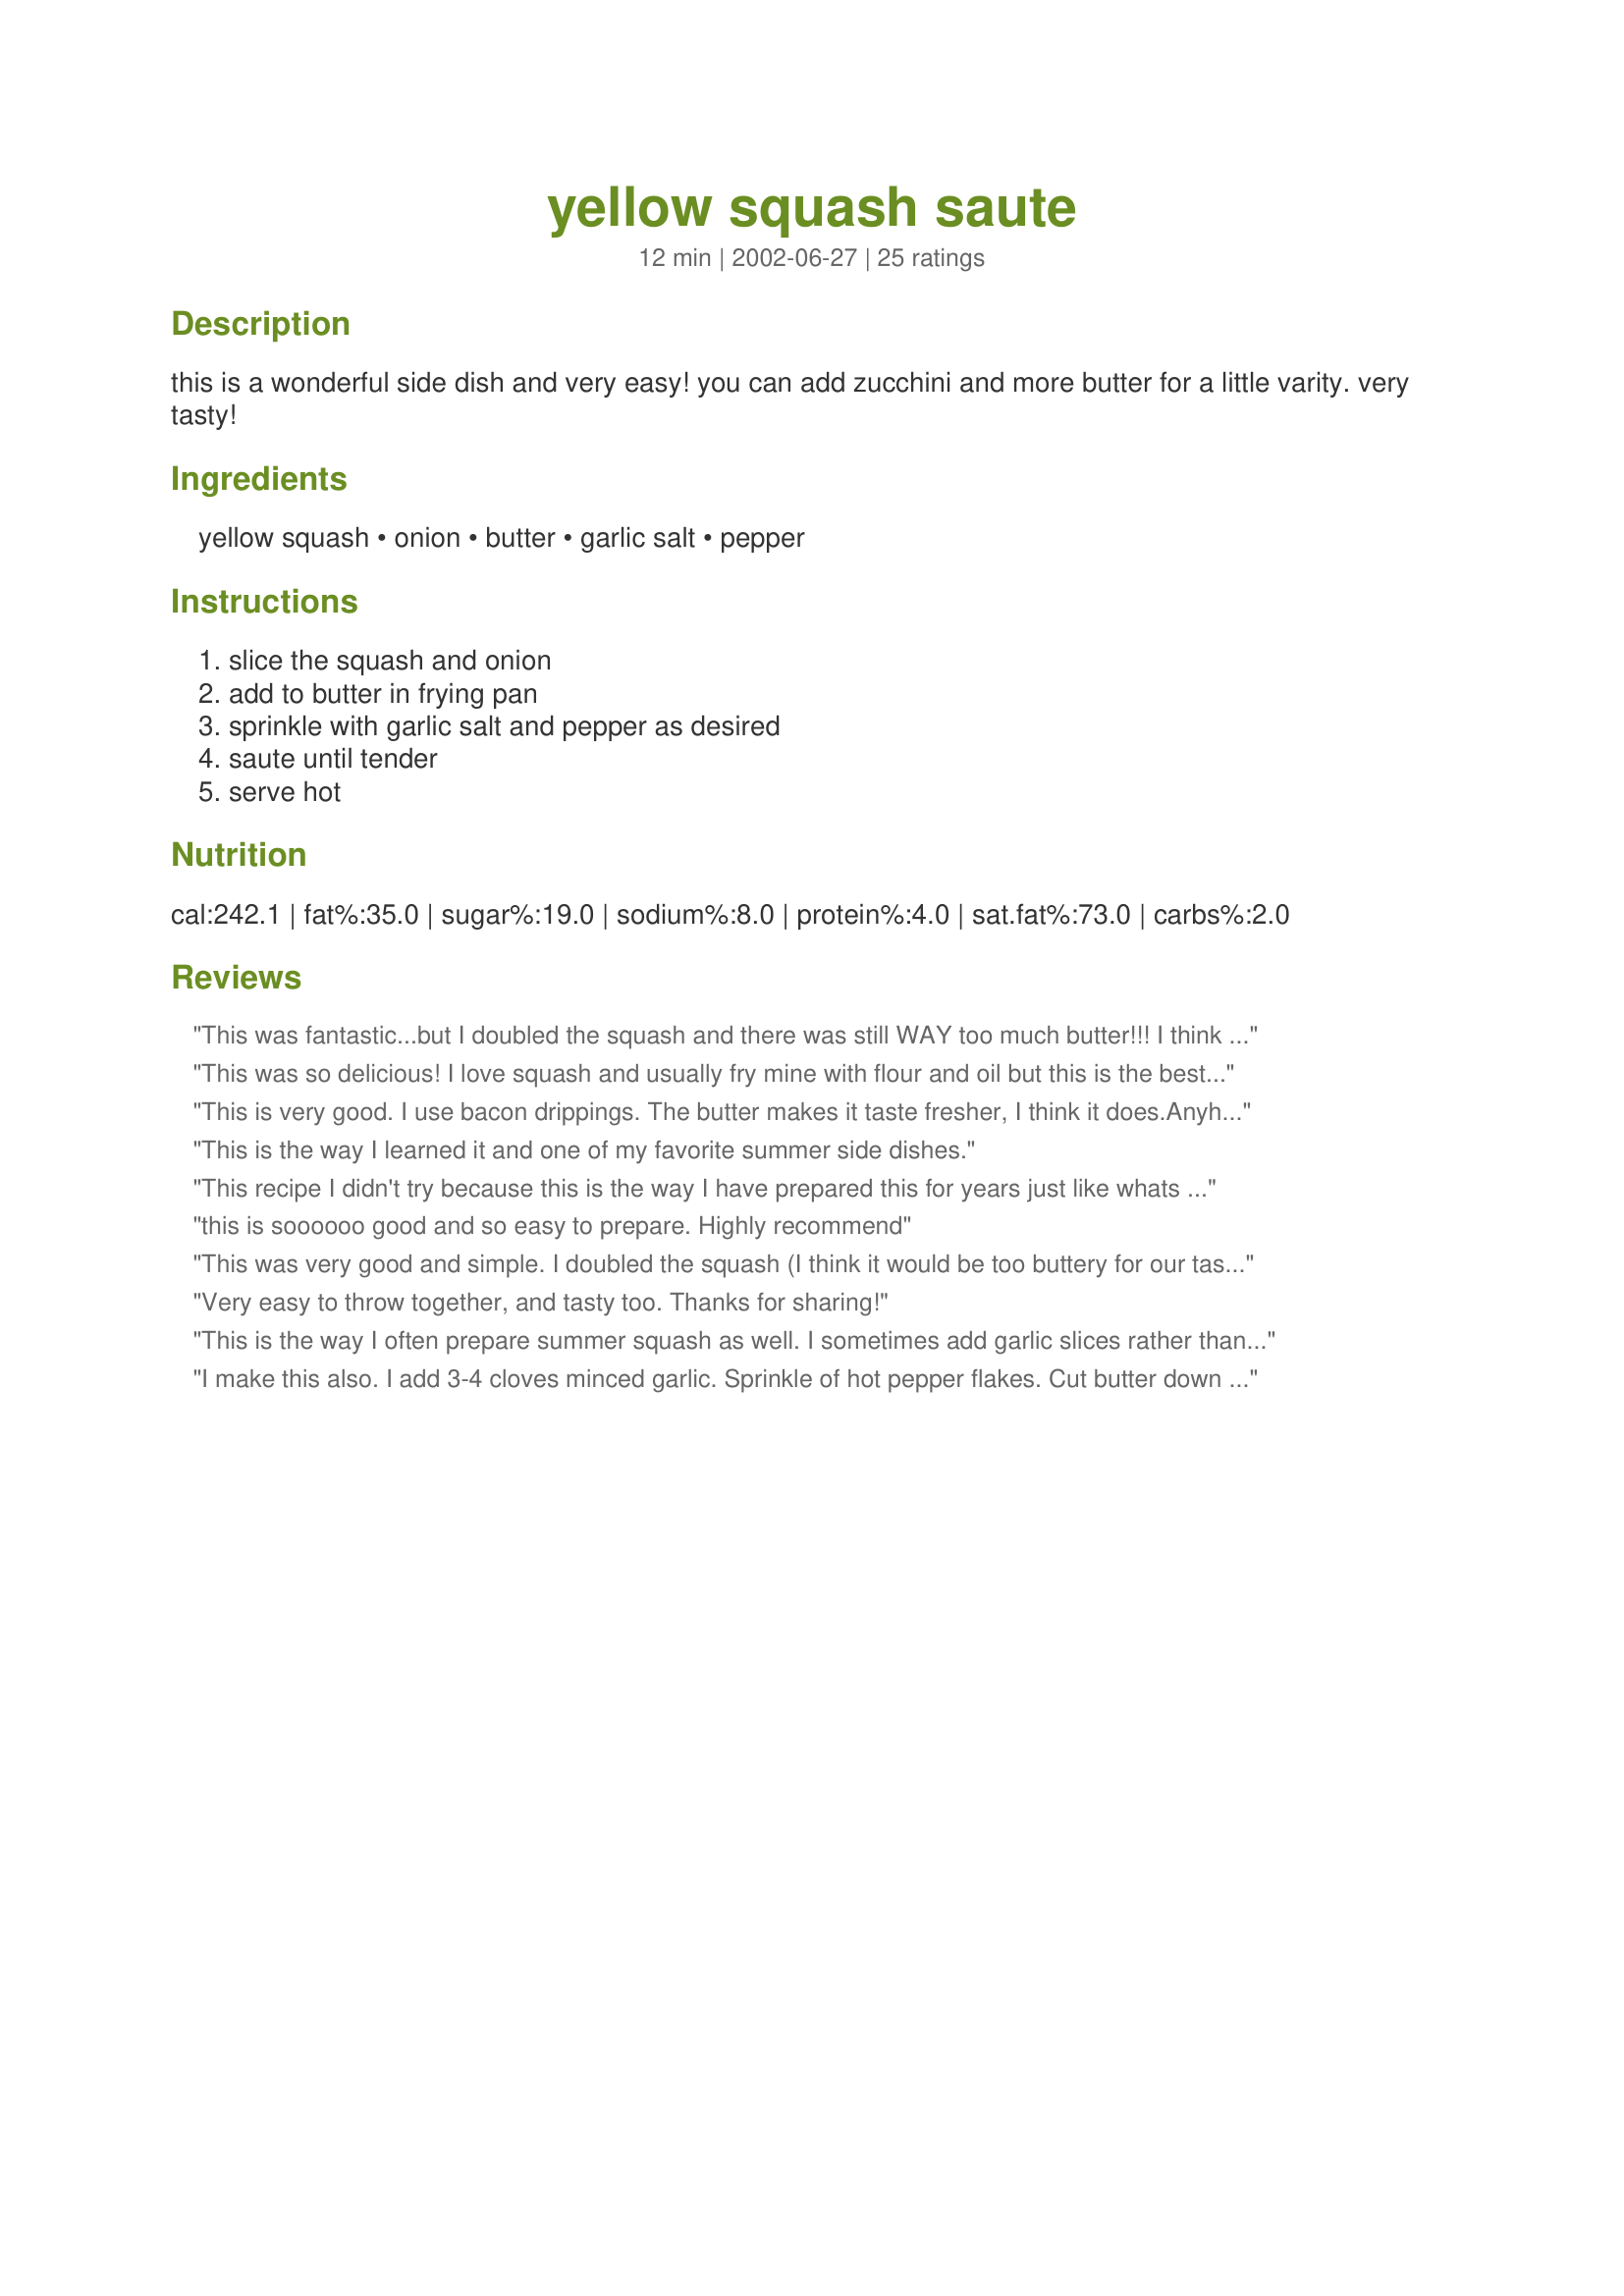
yellow squash saute
Preparation time: 12 minutes

this is a wonderful side dish and very easy! you can add zucchini and more butter for a little varity. very tasty!

Ingredients:
yellow squash, onion, butter, garlic salt, pepper

Steps:
slice the squash and onion, add to butter in frying pan, sprinkle with garlic salt and pepper as desired, saute until tender, serve hot

Reviews:
This was fantastic...but I doubled the squash and there was still WAY too much butter!!! I think next time I will cut it way back! I started cooking the onions first and then added the squash...by the time it was done the onions were beginning to carmelize and the squash was browning. I think we may sprinkle cajun seasoning on it next time. This is a great simple way to fix yellow squash.
This was so delicious! I love squash and usually fry mine with flour and oil but this is the best way. It was simple and so very easy to make. I did change one thing and that was..I used minced garlic in place of the garlic salt and just used plain salt and pepper as normal. It made the dish very tasty. Thanks for sharing this way of making squash.
This is very good. I use bacon drippings. The butter makes it taste fresher, I think it does.Anyhow think this better. Thank You for the recipe. Hugs
This is the way I learned it and one of my favorite summer side dishes.
 This recipe I didn't try because this is the way I have prepared this for years just like whats in the recipe.
this is soooooo good and so easy to prepare. Highly recommend
This was very good and simple. I doubled the squash (I think it would be too buttery for our taste with only one). A quick and tasty recipe we will enjoy many times. Thank you.
Very easy to throw together, and tasty too. Thanks for sharing!
This is the way I often prepare summer squash as well. I sometimes add garlic slices rather than garlic salt.
I make this also. I add 3-4 cloves minced garlic. Sprinkle of hot pepper flakes. Cut butter down to 2 tbsp. I then use a little swanson chicken broth, just to keep the squash from burning. It is an awsome recipe. Grandkids love it.
Delicious and easy to prepare. I doubled the squash and used only 2 tablespoons of butter sauted untill tender and added a little garlic powder along with the salt & pepper. Thank you, I will be making this again espically in the summer when squash is plentiful in my garden.
This is an excellent dish. I have always included at the end of cooking some sour cream which my mother always put in....she liked creamed dishes.
I have been making yellow squash like this since I was 14 and I am a grandma now!! Thanks so much for posting it so that I might check the nutrition contents for fat content, calories, etc.
I've tried for years to cook yellow squash that will satisfy my husband. This recipe finally did it. He says it is just like how his mother used to make it while he was growing up.
Thanks for posting it.
This is my new favorite for squash. I have made it several times with "store bought" and can't wait for the garden to mature so I can try this with "fresh" squash and zuccini. Thanks for an easy and delicious recipe!
This is very similar to the way I have eaten yellow squash since I was a child. I used about 5 squash, used olive oil instead of butter, and omitted the garlic salt. Still, itls a wonderful recipe and there's lots of room for experimentation!
I made this skipping the onions (DH hates onions) and sauteeing in bacon grease as another reviewer suggested. I forgot the garlic salt, but with the salty bacon I don't think it was needed. I liked it, DH didn't care for it much. I may try again. It was easy to make. ***UPDATE*** I've made this a few times now, with and without onions, with and without bacon, etc. Though I'm a garlic lover, I like this recipe without the garlic salt. This is a great side dish. Sometimes I throw in whatever other veggies, sliced, that I have laying around. It's always good. My husband still doesn't like it though, he hates veggies.
This was fantastic! I used 3 squashes and cooked them in batches, keeping the cooked ones warm. I cooked the onions on medium-low heat for about 10 minutes so they would carmelize a little, and then added the squash, garlic salt and pepper. Such a delicious taste with a minimum of prep time; just my kind of recipe, easy and with terrific flavor. Thanks for posting this great recipe!
Very delicious! The cooking fat was a combination of olive oil and a small amount of butter for flavor. The fat was reduced by about half. I used 2 medium yellow squash and half an onion. The onion was cooked for a few minutes prior to adding the sliced squash. The pan was covered and the vegetables were allowed to brown slightly. I might try adding in fresh garlic next time.
I gave this 5 stars. My family loves this recipe. I got my copy from My future mother-inlaw. She makes her yellow squash kinda this way. She doesn't add the onion and she adds some water to cook the squash. I do not always add the water. When I make this recipe I prefer to use garlic powder as I think the garlic salt is to much of a overpowering salty taste. I didn't think the onion affected the flavor it tasted just like my future mom-inlaw makes it. Thanks for posting a great recipe. Christine (internetnut)
This was/is wonderful! I prepared it mostly as called for, but with prob'ly only a couple tbsp. of butter. Oh, and didn't bother with the garlic. This will be a new way to add another veggie.......thanks!
I fix yellow squash very similar except instead of butter, I saute chopped bacon with the onions, then add the yellow squash and add salt and pepper. Very easy and yummy!
Wonderful and easy! Picky southern DH has only had stewed yellow squash. This is how he wants me to fix it from now on. Thank you for posting.
I thought this was a quick easy way to use the squash...makes a great side dish.
 Very tasty too!
I use one large Vidalia onion and 3 med yellow squash. I cut into chunks not slices both for onion and squash. I only used 2 tbsp. of butter. I used garlic powder and blk pepper which I put on the onions I saut&eacute;ed them first to get caramelized then added the squash... this is a keeper.
